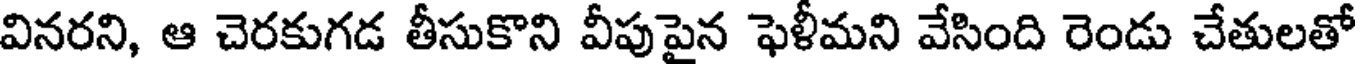
వినరని, ఆ చెరకుగడ తీసుకొని వీపుపైన ఫెళీమని వేసింది రెండు చేతులతో